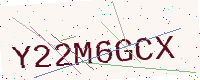
Text: Y22M6GCX